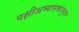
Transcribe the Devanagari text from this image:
पक्षीअभ्यासकांनुसार